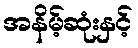
အနိမ့်ဆုံးနှင့်